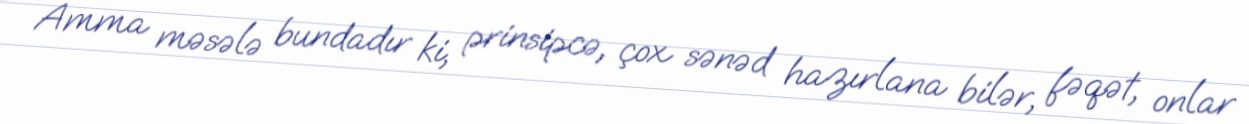
Amma məsələ bundadır ki, prinsipcə, çox sənəd hazırlana bilər, fəqət, onlar